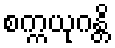
စက္ကယုဂန္တိ